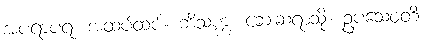
အပရာပရံ၊ အထပ်ထပ်။ ဘိသက္ကံ၊ ဆေးဆရာသို့။ ဥပသေဝတိ၊